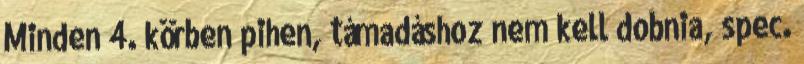
Minden 4. körben pihen, támadáshoz nem kell dobnia, spec.